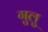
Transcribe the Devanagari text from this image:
गुलु